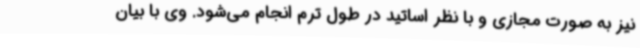
نیز به صورت مجازی و با نظر اساتید در طول ترم انجام می‌شود. وی با بیان